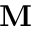
\mathbf { M }